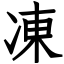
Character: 凍